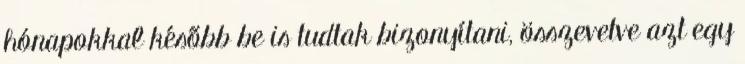
hónapokkal később be is tudtak bizonyítani, összevetve azt egy